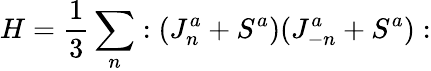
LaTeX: H=\frac{1}{3}\sum_{n}:(J_{n}^{a}+S^{a})(J_{-n}^{a}+S^{a}):